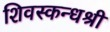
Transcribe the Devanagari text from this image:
शिवस्कन्धश्री